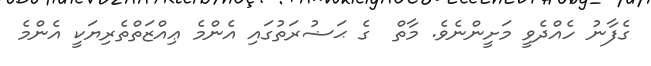
ގެފާނު ހެއްދެވީ މަށީންނެވެ. މާތް  ގެ ޙަޟުރަތުގައި އެންމެ ޢިއްޒަތްތެރިޔަކީ އެންމެ